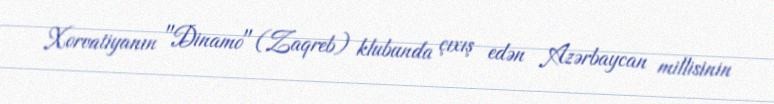
Xorvatiyanın "Dinamo" (Zaqreb) klubunda çıxış edən Azərbaycan millisinin